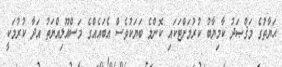
ޙަޔާތުގެ މަޤްޞަދު ކާމިޔާބު ކުރުމަށްޓަކައި ކޮންމެ ބަޔަކުވެސް އެބައެއްގެ މަސްއޫލިއްޔަތު އަދާ ކުރުމަކީ